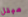
مبتل